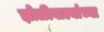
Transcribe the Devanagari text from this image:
झोळीवाल्यांच्या